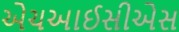
એચઆઈસીએસ